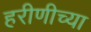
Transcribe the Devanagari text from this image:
हरीणीच्या